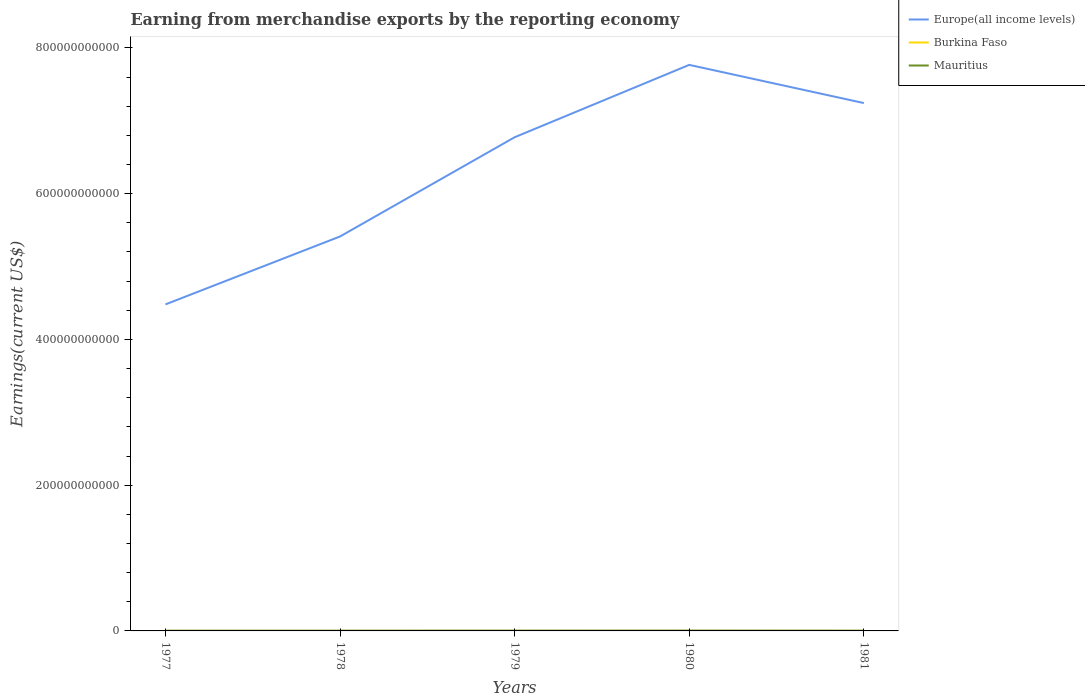
| Years | Europe(all income levels) | Burkina Faso | Mauritius |
 | --- | --- | --- | --- |
 | 1977 | 4.48e+11 | 5.47e+07 | 3.06e+08 |
 | 1978 | 5.41e+11 | 4.21e+07 | 3.15e+08 |
 | 1979 | 6.77e+11 | 7.63e+07 | 3.71e+08 |
 | 1980 | 7.77e+11 | 9.02e+07 | 4.29e+08 |
 | 1981 | 7.24e+11 | 7.33e+07 | 3.17e+08 |